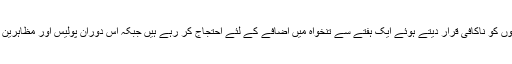
رپورٹ کے مطابق بنگلہ دیش کی گارمنٹس فیکٹریوں میں کام کرنے والے مظاہرین اپنی تنخواہوں کو ناکافی قرار دیتے ہوئے ایک ہفتے سے تنخواہ میں اضافے کے لئے احتجاج کر رہے ہیں جبکہ اس دوران پولیس اور مظاہرین کے درمیان متعدد جھڑپیں بھی ہوئی ہیں جن میں ایک ملازم ہلاک اور متعدد زخمی ہوگئے ہیں۔